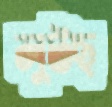
লুটছ